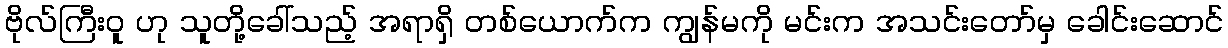
ဗိုလ်ကြီးဝူ ဟု သူတို့ခေါ်သည့် အရာရှိ တစ်ယောက်က ကျွန်မကို မင်းက အသင်းတော်မှ ခေါင်းဆောင်